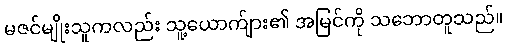
မဇင်မျိုးသူကလည်း သူ့ယောက်ျား၏ အမြင်ကို သဘောတူသည်။